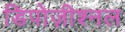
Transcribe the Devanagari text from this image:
डिपोज़ीश्नल